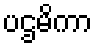
ပဌမိကာ